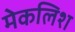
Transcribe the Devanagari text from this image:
मेकलिश